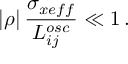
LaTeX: | \rho | \, \frac { \sigma _ { x e f f } } { L _ { i j } ^ { o s c } } \ll 1 \, .